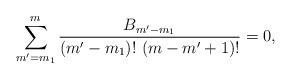
LaTeX: \begin{align*} \sum_{m'=m_1}^{m} \frac{B_{m'-m_1}}{(m'-m_1)! \ (m-m'+1)!} = 0, \end{align*}